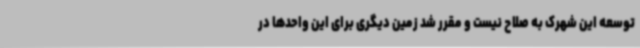
توسعه این شهرک به صلاح نیست و مقرر شد زمین دیگری برای این واحدها در